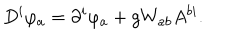
D ^ { i } \varphi _ { a } = \partial ^ { i } \varphi _ { a } + g W _ { a b } A ^ { b i } .